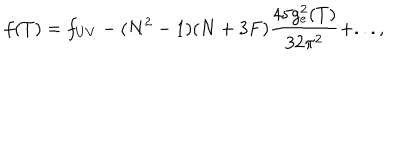
f ( T ) = f _ { U V } - ( N ^ { 2 } - 1 ) ( N + 3 F ) \frac { 4 5 g _ { e } ^ { 2 } ( T ) } { 3 2 \pi ^ { 2 } } + . . . ,